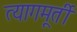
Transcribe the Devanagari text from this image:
त्यागमूर्ती